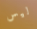
ليس